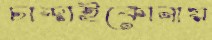
চান্দাইকোনায়